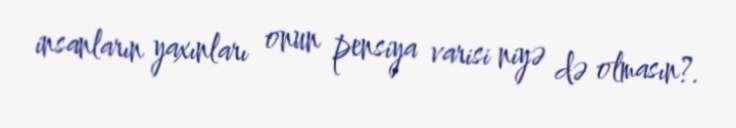
insanların yaxınları onun pensiya varisi niyə də olmasın?.